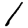
Digit: 1